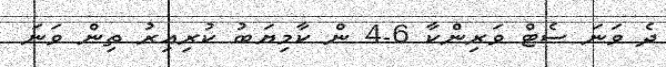
ދެ ވަނަ ސެޓް ވަރިންކާ 6-4 ން ކާމިޔަބު ކުރިއިރު ތިން ވަނަ